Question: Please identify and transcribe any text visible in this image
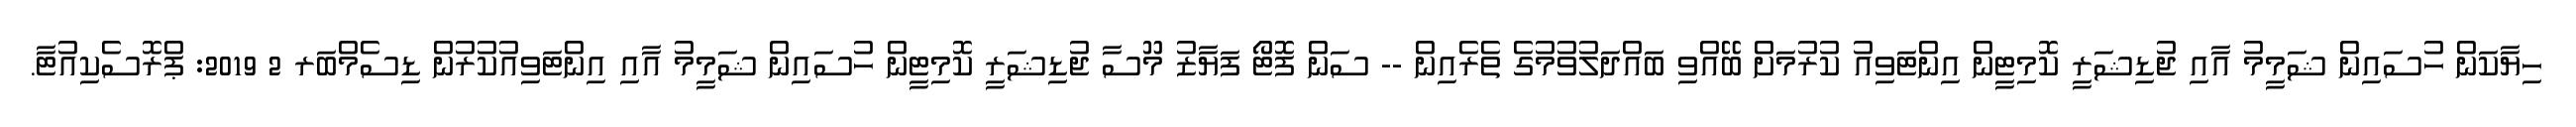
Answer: ހިޔާކަން ހުސައިން ޝަމީމު އާއި ޖުޑިޝަރީ ކޮމިޓީން އިންޓަވިއު ކުރުމަށް ބޭއްވި ބައްދަލުވުމުގެ ތެރެއިން -- ސަން ފޮޓޯ ފަޔާޒު މޫސާ ޖުޑިޝަރީ ކޮމިޓީން ހުސައިން ޝަމީމު އާއި އިންޓަވިއުކުރުން ޑިސެމްބަރ 2 2019: ޕްރޮސެކިއުޓާ.